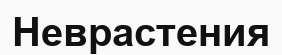
Неврастения